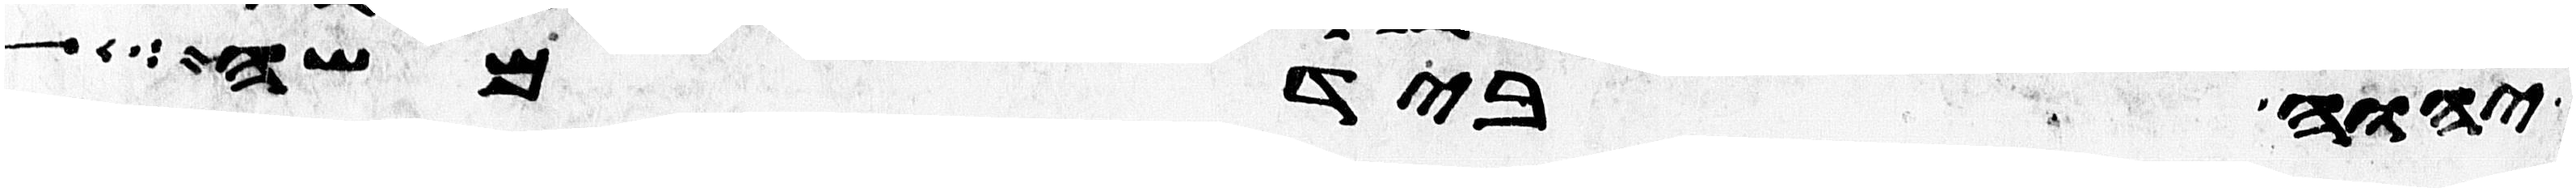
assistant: יהוה ביד משה